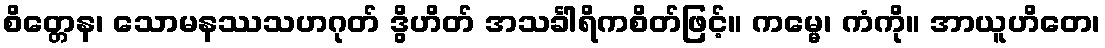
စိတ္တေန၊ သောမနဿသဟဂုတ် ဒွိဟိတ် အသင်္ခါရိကစိတ်ဖြင့်။ ကမ္မေ၊ ကံကို။ အာယူဟိတေ၊